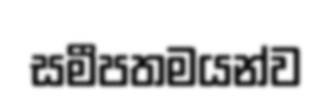
සමීපතමයන්ව